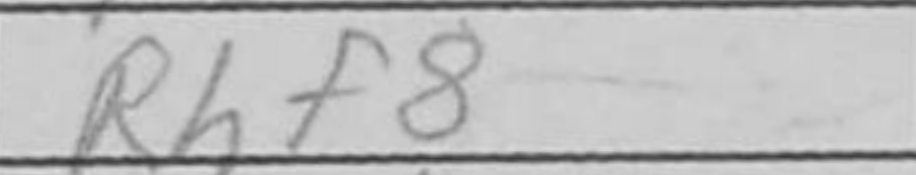
Transcription: Rhf8